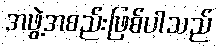
အဖွဲ့အစည်းဖြစ်ပါသည်